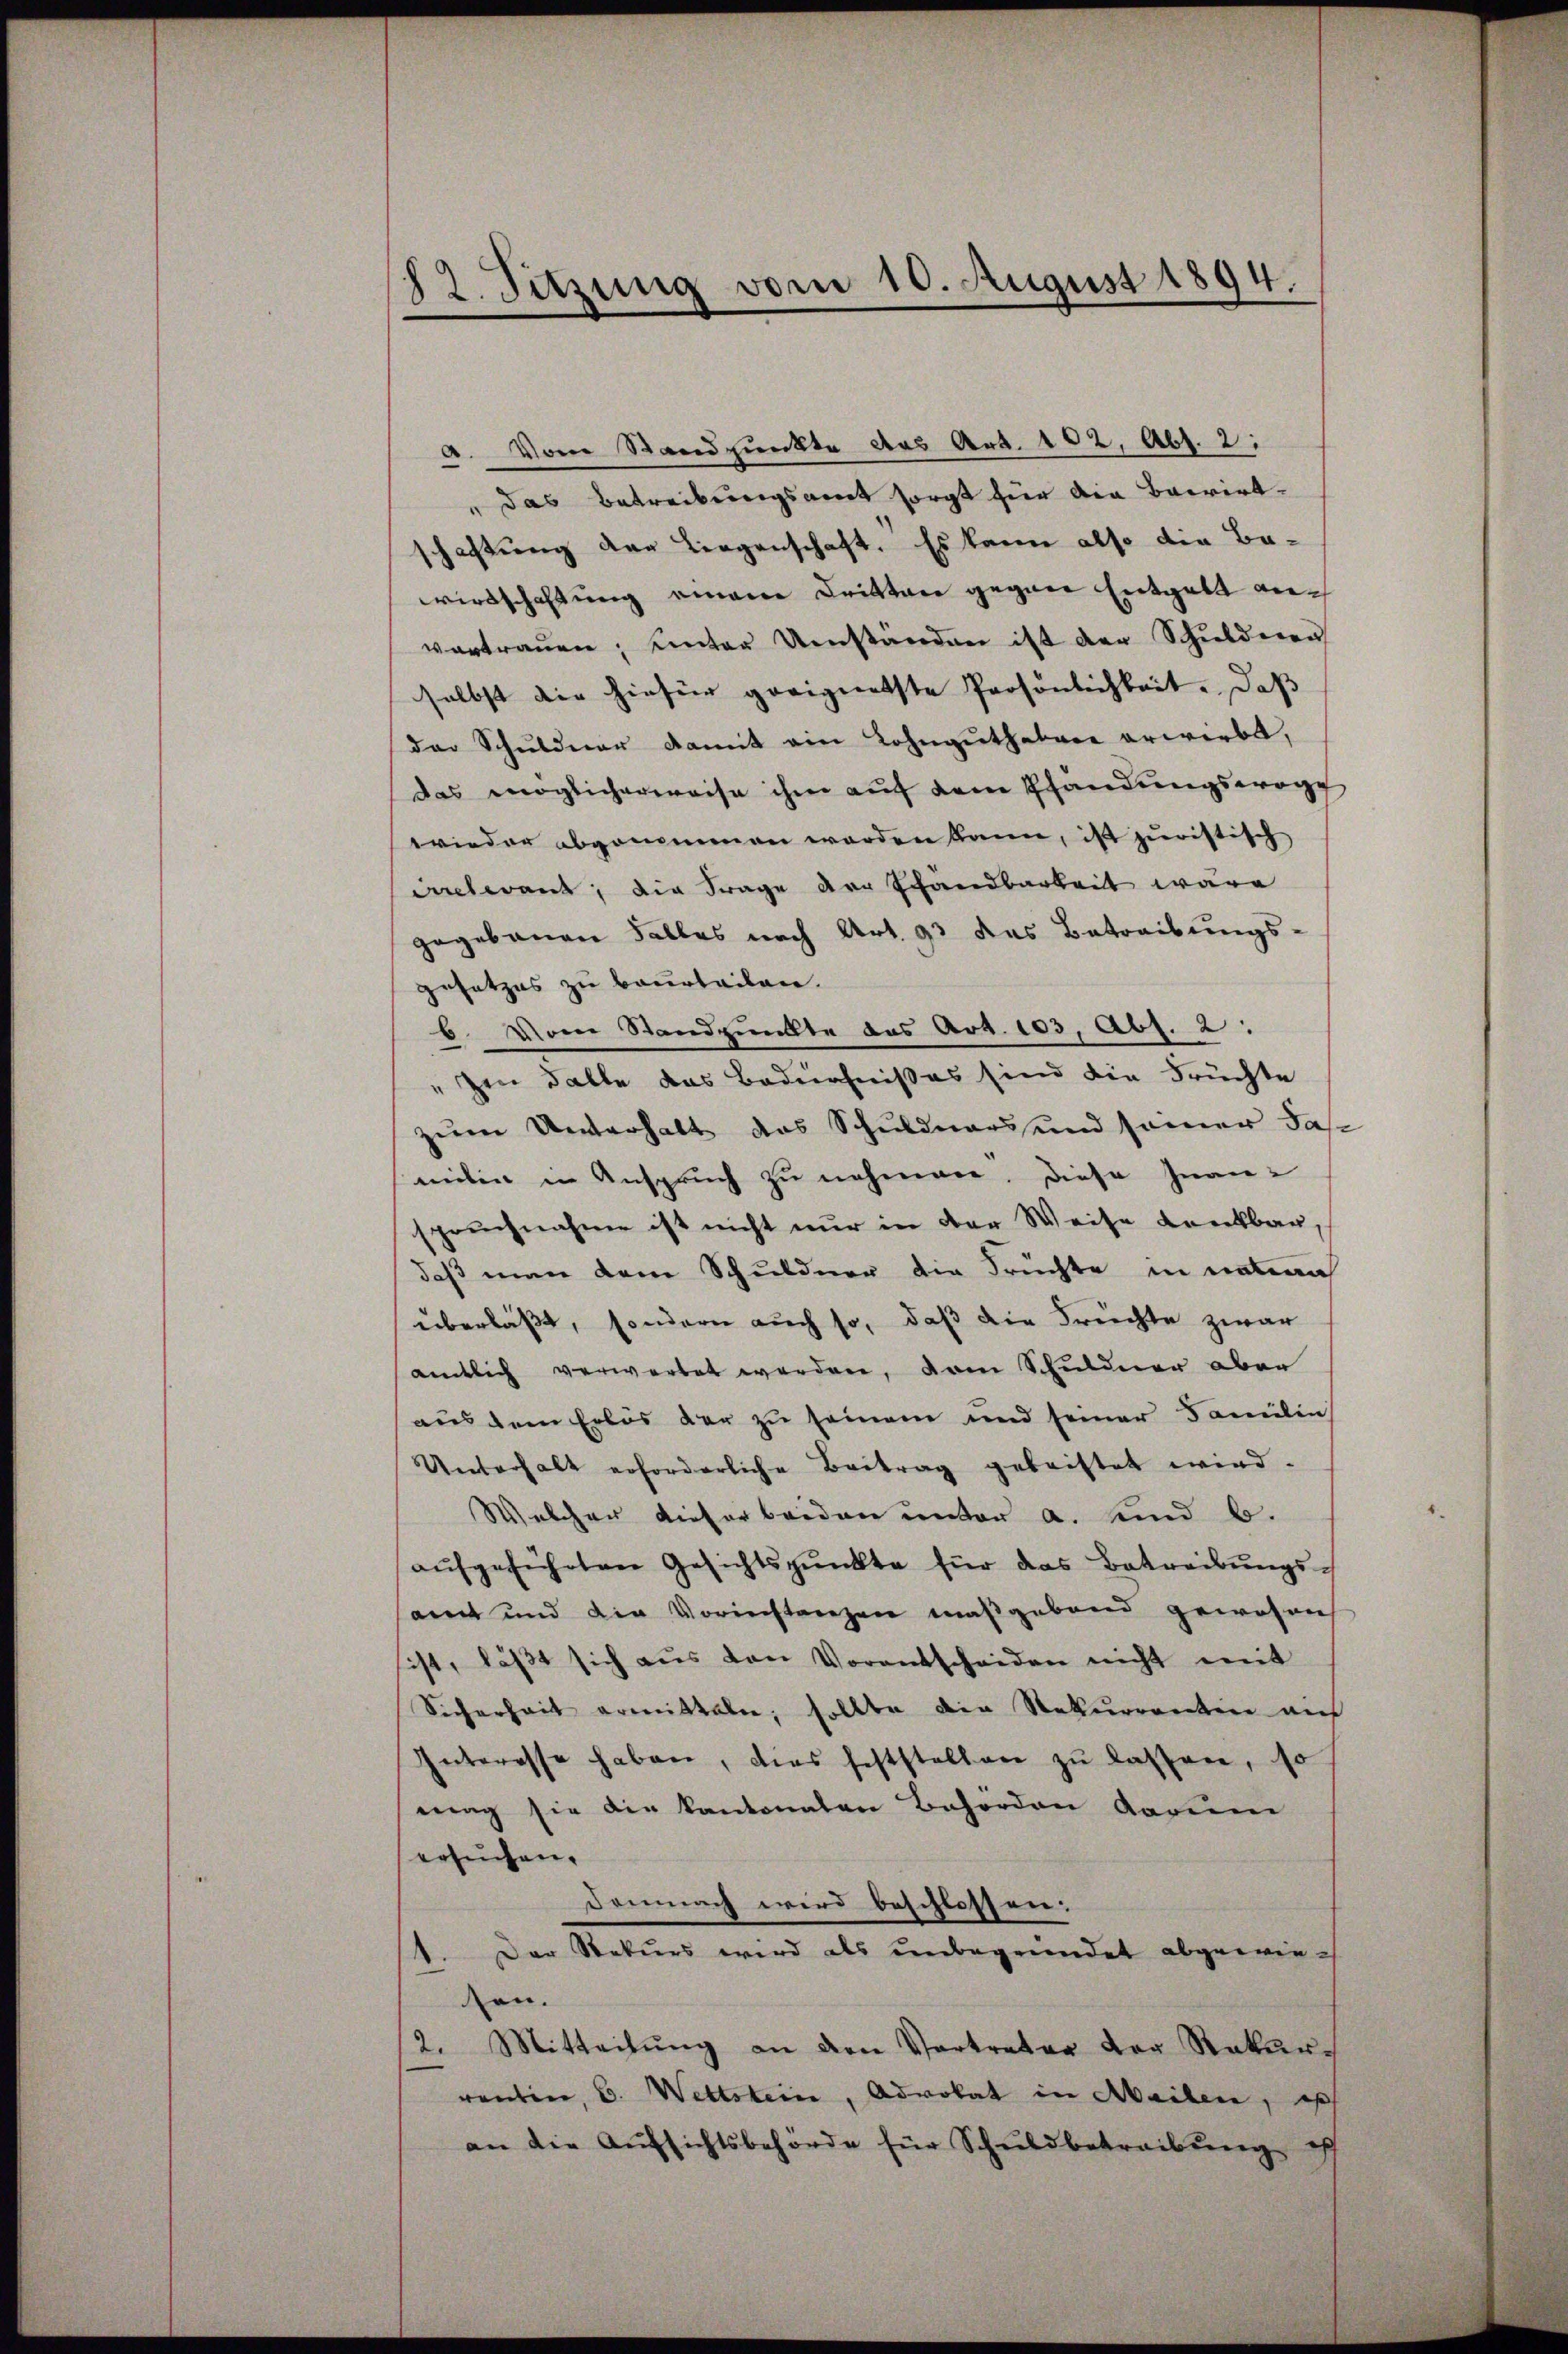
12. Sitzung vom 10. August 1894.

1. Vom Standpunkte das Art. 102, Abs. 2.
das Betreibungsant sorgt für die Barrirt
schaftung der Liegenschaft. Es kann also die Bawirtschaftung einem Dritten gegen Entgeld anvertrauen; unter Umständen ist der Schuldenen
selbst die hiefür geeignetste Persönlichkeit. Daß
der Schuldner damit ein Lohnguthabare erwirbt,
das möglicherweise ihm aŭf dem Pfändungswoge
wieder abgenommen werden kann, ist juristisch
ielerant, die Frage der Schandbarkeit wäre
gegebauen Falles nach Art. 93 das Betreibungs-
gesetzes zu beurteilen.
6. Vom Standpunkte des Art. 103, Abs. 2:
" Im Falle das Bedürfnißes sind die Früchte
zum Unterhalt das Schuldners und samer das
mitin in Anspruch zu nehmen. Diese Inanspruchnahme ist nicht nur in der Weise dankbar,
daß man dem Schuldner die Früchte in untern
überläßt, sondern auch so, daß die Freichte zwar
amtlich verwartet werden, dem Schuldner aber
aus dem Erlös der zu seinem und seiner Familie
Unterhalt erforderliche Beitrag geleistet wird.
Welcher dieser beiden unter a. sind b.
aŭfgeführten Gesichtspunkte für das Betreibŭngs-
amt und die Vorinstanzen maßgebend gewesen
ist, läβt sich aus von Vorentscheiden nicht mit
Sicherheit ermitteln; sollte die Rekurrenten auf
Interesse haben, dies feststellen zŭ lassen, so
mag sie die kantonalen Behörden darum
ersuchen.
Demnach wird beschlossen:
1. Der Rekurs wird als unbegründet abgewiesen.
2. Mitteilŭng an den Vertreter der Rekurrentin, C. Wettstein, Advokat in Meilen, is
an die Aŭfsichtsbehörde für Schuldbetreibung ich